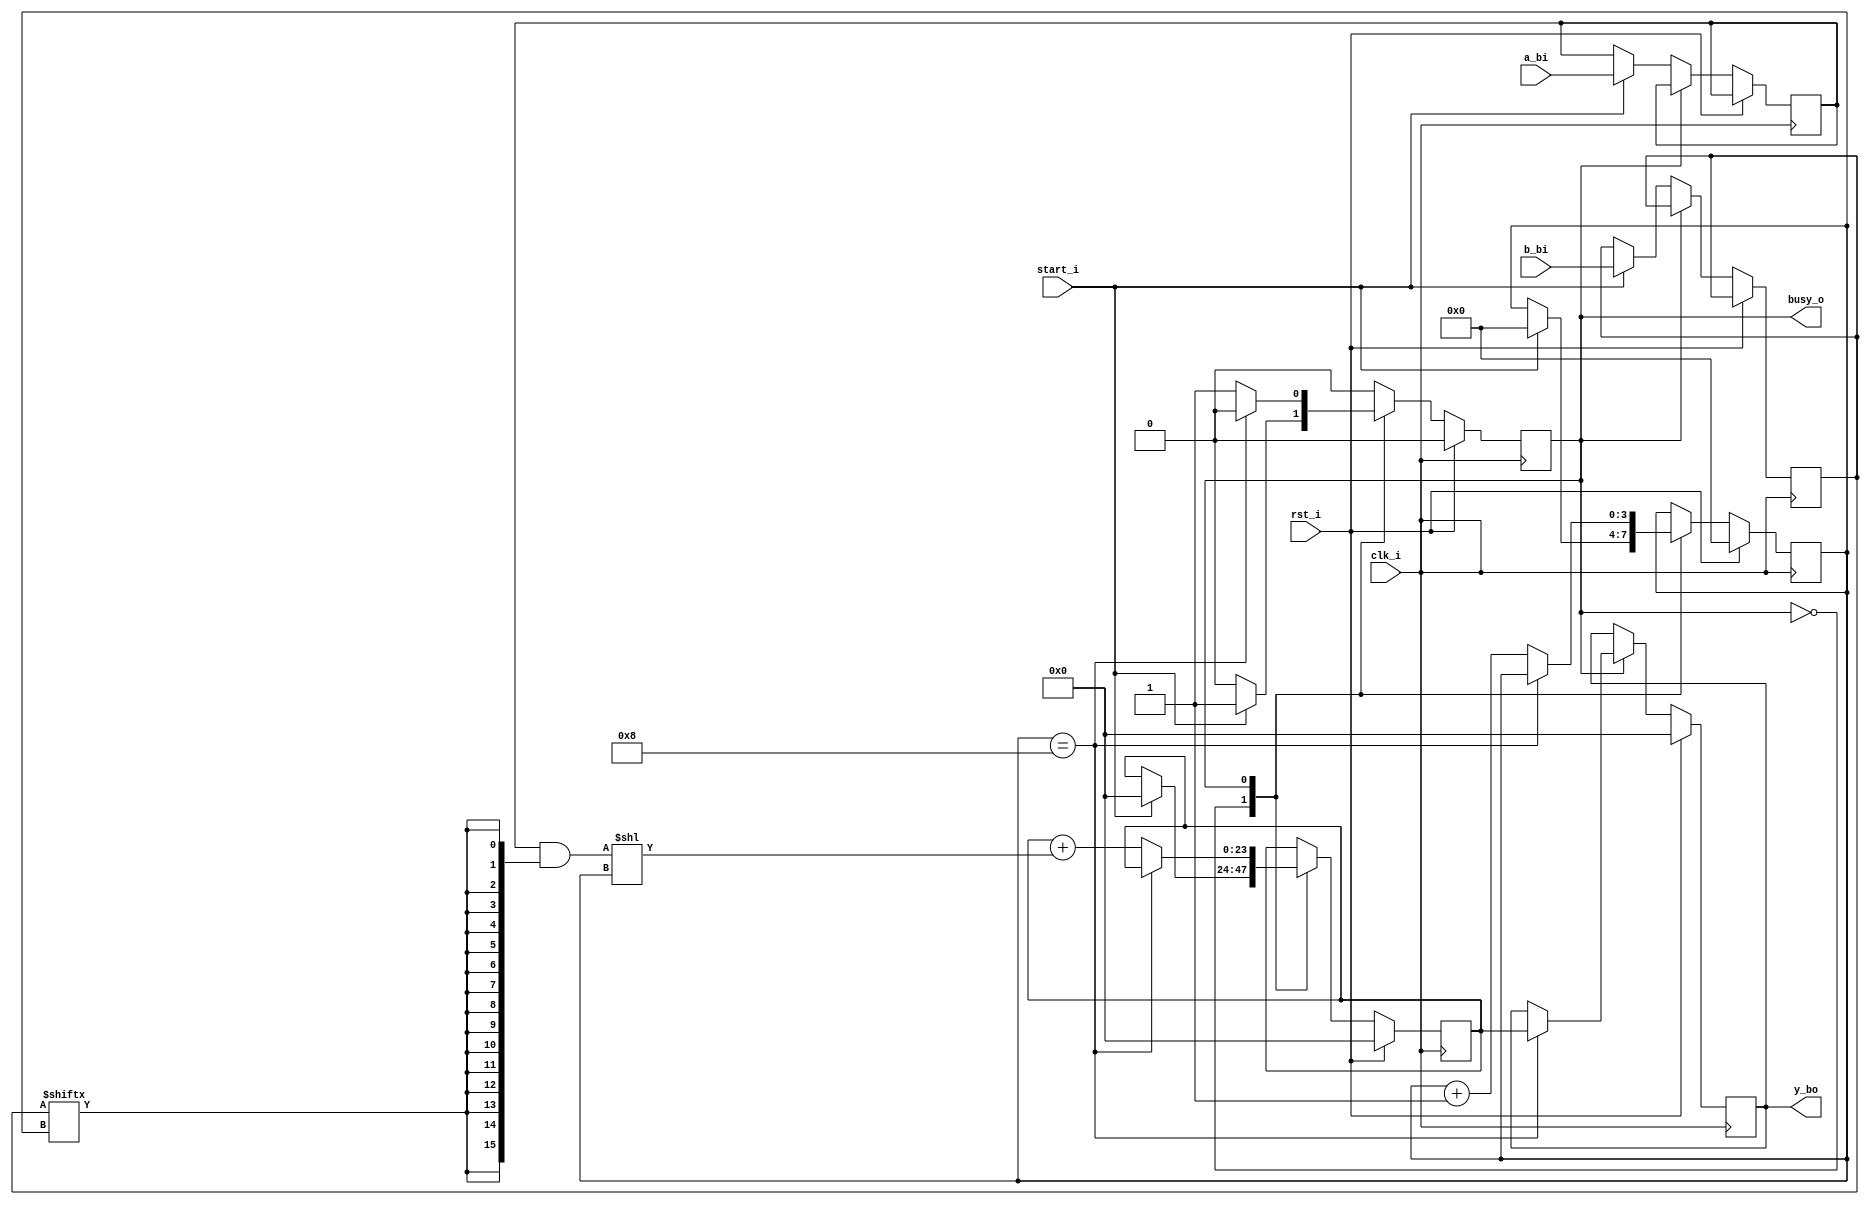
`timescale 1ns / 1ps


module mul (
    input clk_i,
    input rst_i,
    input [16:0] a_bi,
    input [8:0] b_bi,
    input start_i,
    output busy_o,
    output reg [23:0] y_bo
);
    localparam IDLE = 1'b0;
    localparam WORK = 1'b1;
    reg [3:0] ctr;
    wire [2:0] end_step;
    wire [23:0] part_sum ;
    wire [23:0] shifted_part_sum ;
    reg [8:0]  b;
    reg [16:0] a;
    reg [23:0 ] part_res ;
    reg state;
    assign part_sum = a & {16{b[ctr]}} ;
    assign shifted_part_sum = part_sum << ctr;
    assign end_step = ( ctr == 4'h8 );
    assign busy_o = state ;
    always @(posedge clk_i)
        if(rst_i) begin
            ctr <= 0 ;
            part_res <= 0 ;
            y_bo <= 0 ;
            state <= IDLE ;
        end else begin
            case (state)
                IDLE :
                    if (start_i) begin
                        state <= WORK;
                        a <= a_bi ;
                        b <= b_bi ;
                        ctr <= 0 ;
                        part_res <= 0;
                    end
                WORK:
                    begin
                        if(end_step) begin
                            y_bo <= part_res;
                            state <= IDLE ;
                        end else begin
                            part_res <= part_res + shifted_part_sum;
                            ctr <= ctr + 1;
                        end
                    end
            endcase
        end
endmodule